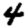
Digit: 4